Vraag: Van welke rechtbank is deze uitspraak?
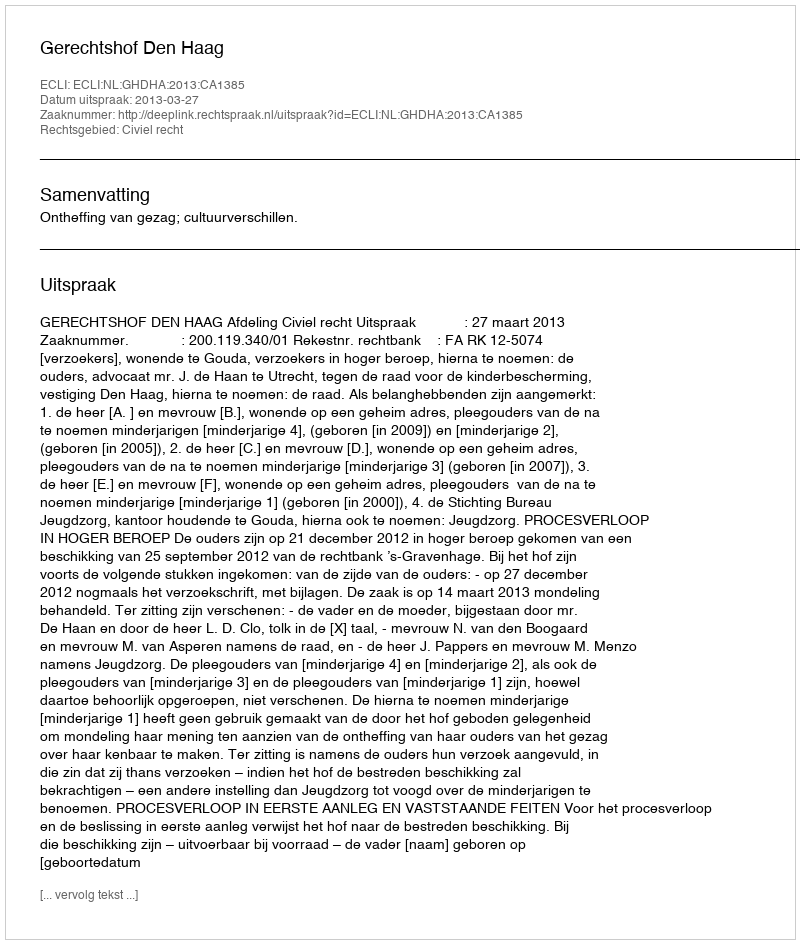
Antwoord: Gerechtshof Den Haag